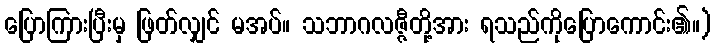
ပြောကြားပြီးမှ ဖြတ်လျှင် မအပ်။ သဘာဂလဇ္ဇီတို့အား ရသည်ကိုပြောကောင်း၏။)